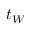
t _ { W }